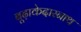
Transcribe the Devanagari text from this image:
बूढ़ाकेदारनाथ